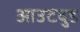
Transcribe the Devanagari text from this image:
आउटवुड